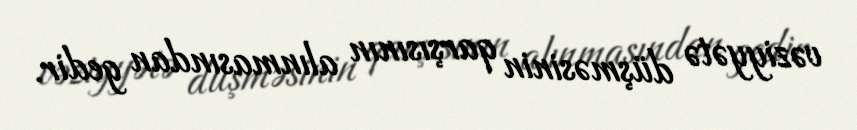
vəziyyətə düşməsinin qarşısının alınmasından gedir.